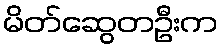
မိတ်ဆွေတဦးက